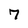
Character: 7